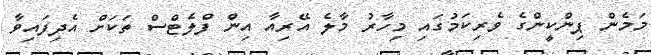
މަމެން ޕިންކީންގެ ވެރިކަމުގައި މިހާރު މާލެ އޭރިއާ އިން ފްލެޓްސް ތަކަށް އެދިފައިވާ